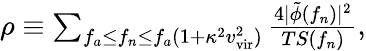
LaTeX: \begin{array}{r}{\rho\equiv\sum_{f_{a}\leq f_{n}\leq f_{a}(1+\kappa^{2}v_{\mathrm{vir}}^{2})}\frac{4|\tilde{\phi}(f_{n})|^{2}}{TS(f_{n})},}\end{array}